Indian journal of veterinary science and animal husbandry - Volume 1,
Year: 1931
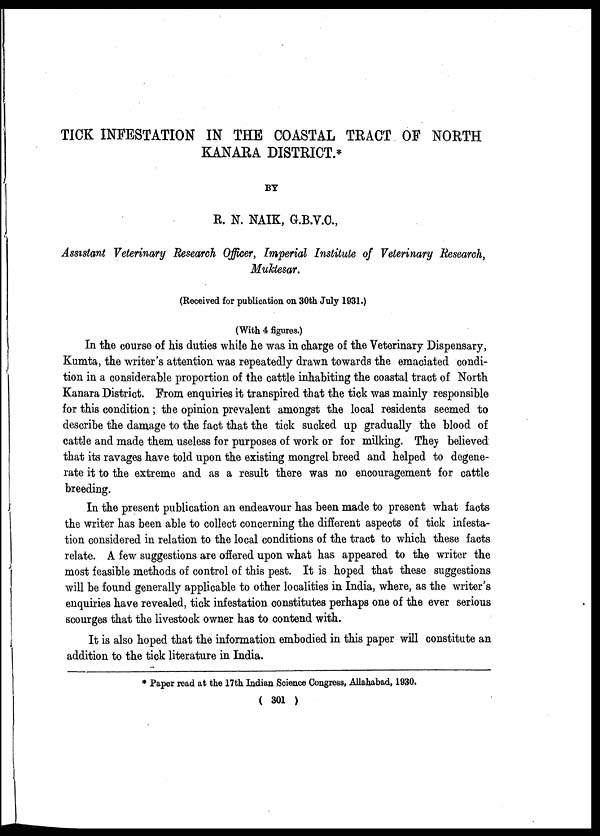
TICK INFESTATION IN THE COASTAL TRACT OF NORTH
KANARA DISTRICT.*
BY
R. N. NAIK, G.B.V.C.,
Assistant Veterinary Research Officer, Imperial Institute of Veterinary Research,
Muktesar.
(Received for publication on 30th July 1931.)
(With 4 figures.)
In the course of his duties while he was in charge of the Veterinary Dispensary,
Kumta, the writer's attention was repeatedly drawn towards the emaciated condi-
tion in a considerable proportion of the cattle inhabiting the coastal tract of North
Kanara District. From enquiries it transpired that the tick was mainly responsible
for this condition; the opinion prevalent amongst the local residents seemed to
describe the damage to the fact that the tick sucked up gradually the blood of
cattle and made them useless for purposes of work or for milking. They believed
that its ravages have told upon the existing mongrel breed and helped to degene-
rate it to the extreme and as a result there was no encouragement for cattle
breeding.
In the present publication an endeavour has been made to present what facts
the writer has been able to collect concerning the different aspects of tick infesta-
tion considered in relation to the local conditions of the tract to which these facts
relate. A few suggestions are offered upon what has appeared to the writer the
most feasible methods of control of this pest. It is hoped that these suggestions
will be found generally applicable to other localities in India, where, as the writer's
enquiries have revealed, tick infestation constitutes perhaps one of the ever serious
scourges that the livestock owner has to contend with.
It is also hoped that the information embodied in this paper will constitute an
addition to the tick literature in India.
* Paper read at the 17th Indian Science Congress, Allahabad, 1930.
( 301 )